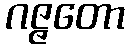
ဂဇ္ဇတော